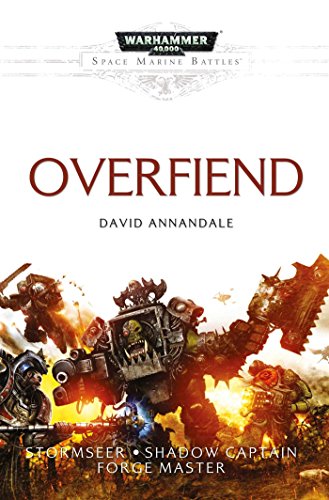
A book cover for Overfiend (Space Marine Battles); David Annandale; Science Fiction & Fantasy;